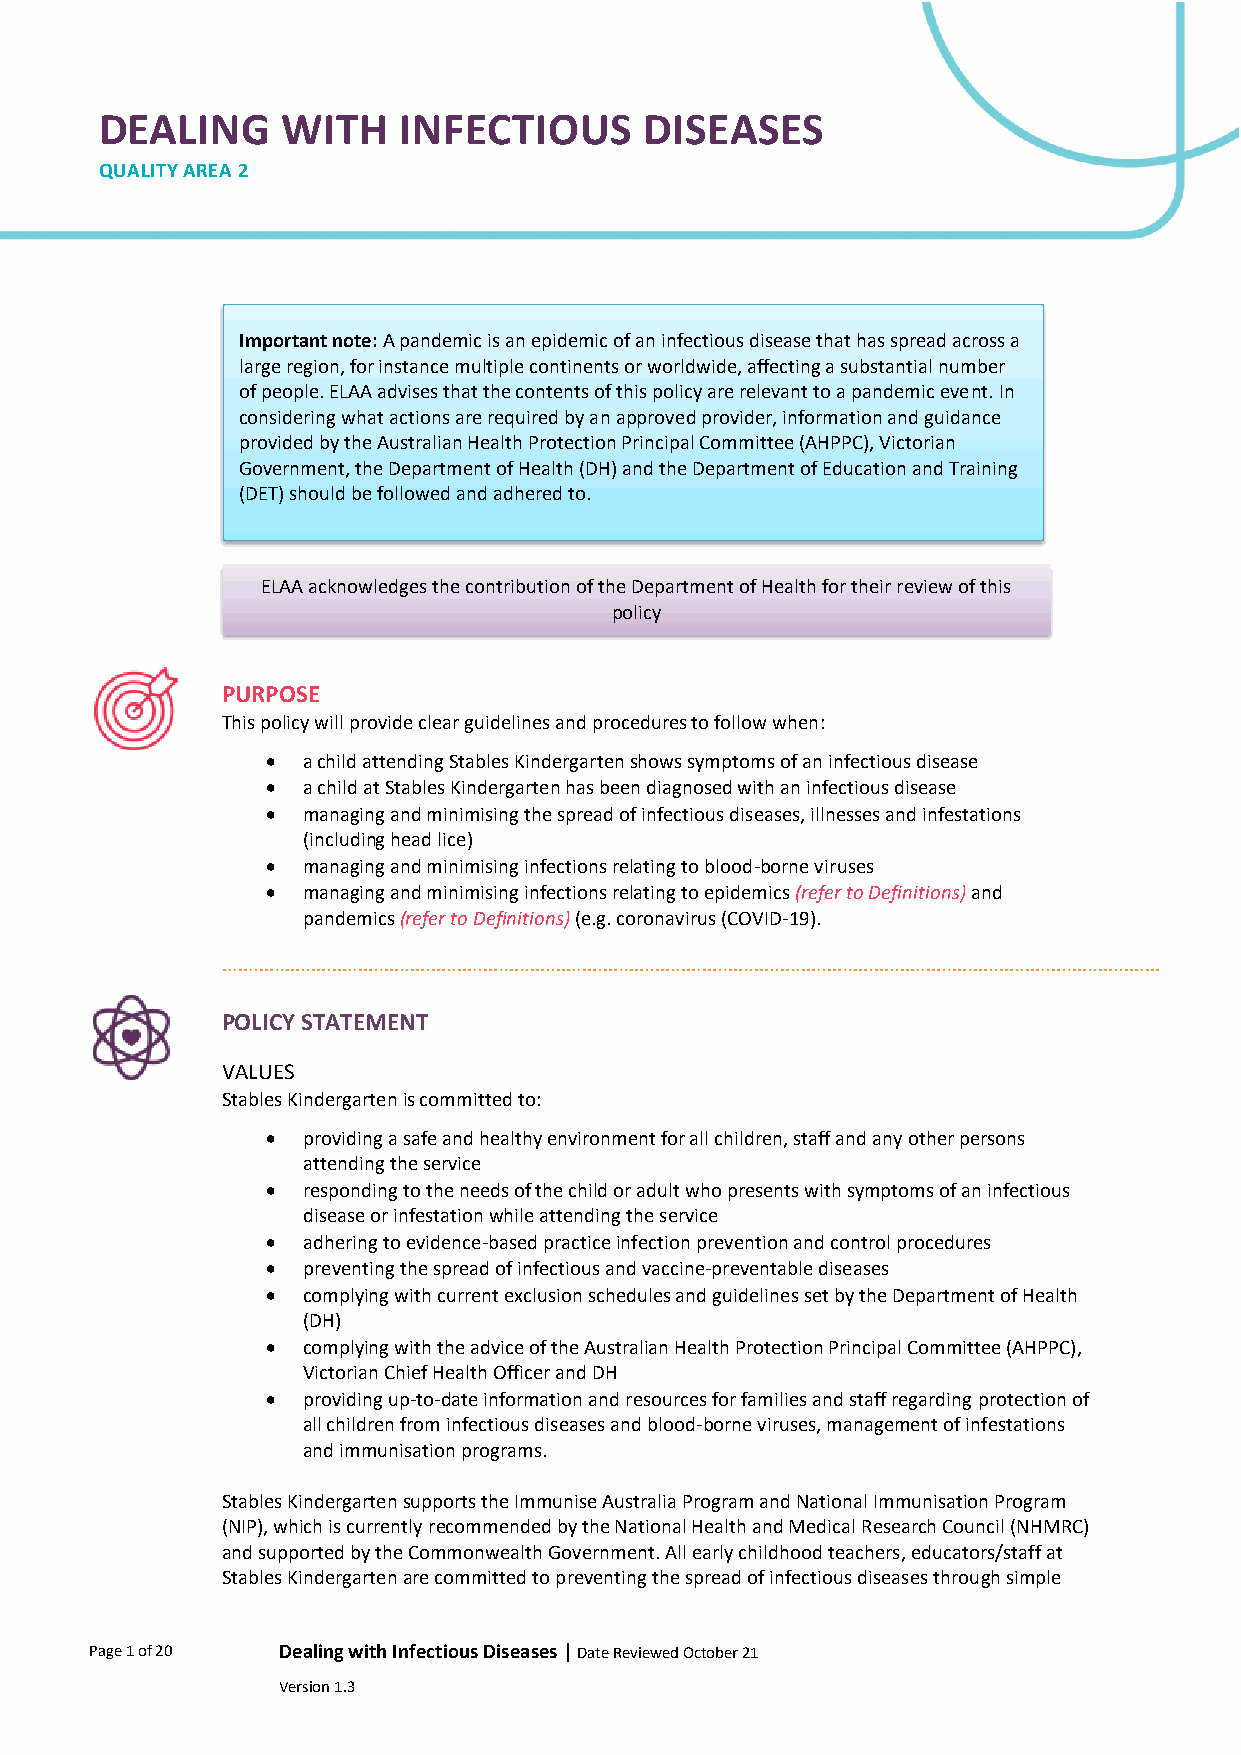
DEALING     WITH   INFECTIOUS       DISEASES
 QUALITY AREA 2
 Important note: A pandemic is an epidemic of an infectious disease that has spread across a
 large region, for instance multiple continents or worldwide, affecting a substantial number
 of people. ELAA advises that the contents of this policy are relevant to a pandemic event. In
 considering what actions are required by an approved provider, information and guidance
 provided by the Australian Health Protection Principal Committee (AHPPC), Victorian
 Government, the Department of Health (DH) and the Department of Education and Training
 (DET) should be followed and adhered to.
 ELAA acknowledges the contribution of the Department of Health for their review of this
 policy
 PURPOSE
 This policy will provide clear guidelines and procedures to follow when:
 • a child attending Stables Kindergarten shows symptoms of an infectious disease
 • a child at Stables Kindergarten has been diagnosed with an infectious disease
 • managing and minimising the spread of infectious diseases, illnesses and infestations
 (including head lice)
 • managing and minimising infections relating to blood-borne viruses
 • managing and minimising infections relating to epidemics (refer to Definitions) and
 pandemics (refer to Definitions) (e.g. coronavirus (COVID-19).
 POLICY STATEMENT
 VALUES
 Stables Kindergarten is committed to:
 • providing a safe and healthy environment for all children, staff and any other persons
 attending the service
 • responding to the needs of the child or adult who presents with symptoms of an infectious
 disease or infestation while attending the service
 • adhering to evidence-based practice infection prevention and control procedures
 • preventing the spread of infectious and vaccine-preventable diseases
 • complying with current exclusion schedules and guidelines set by the Department of Health
 (DH)
 • complying with the advice of the Australian Health Protection Principal Committee (AHPPC),
 Victorian Chief Health Officer and DH
 • providing up-to-date information and resources for families and staff regarding protection of
 all children from infectious diseases and blood-borne viruses, management of infestations
 and immunisation programs.
 Stables Kindergarten supports the Immunise Australia Program and National Immunisation Program
 (NIP), which is currently recommended by the National Health and Medical Research Council (NHMRC)
 and supported by the Commonwealth Government. All early childhood teachers, educators/staff at
 Stables Kindergarten are committed to preventing the spread of infectious diseases through simple
 Page 1 of 20 Dealing with Infectious Diseases | Date Reviewed October 21
 Version 1.3